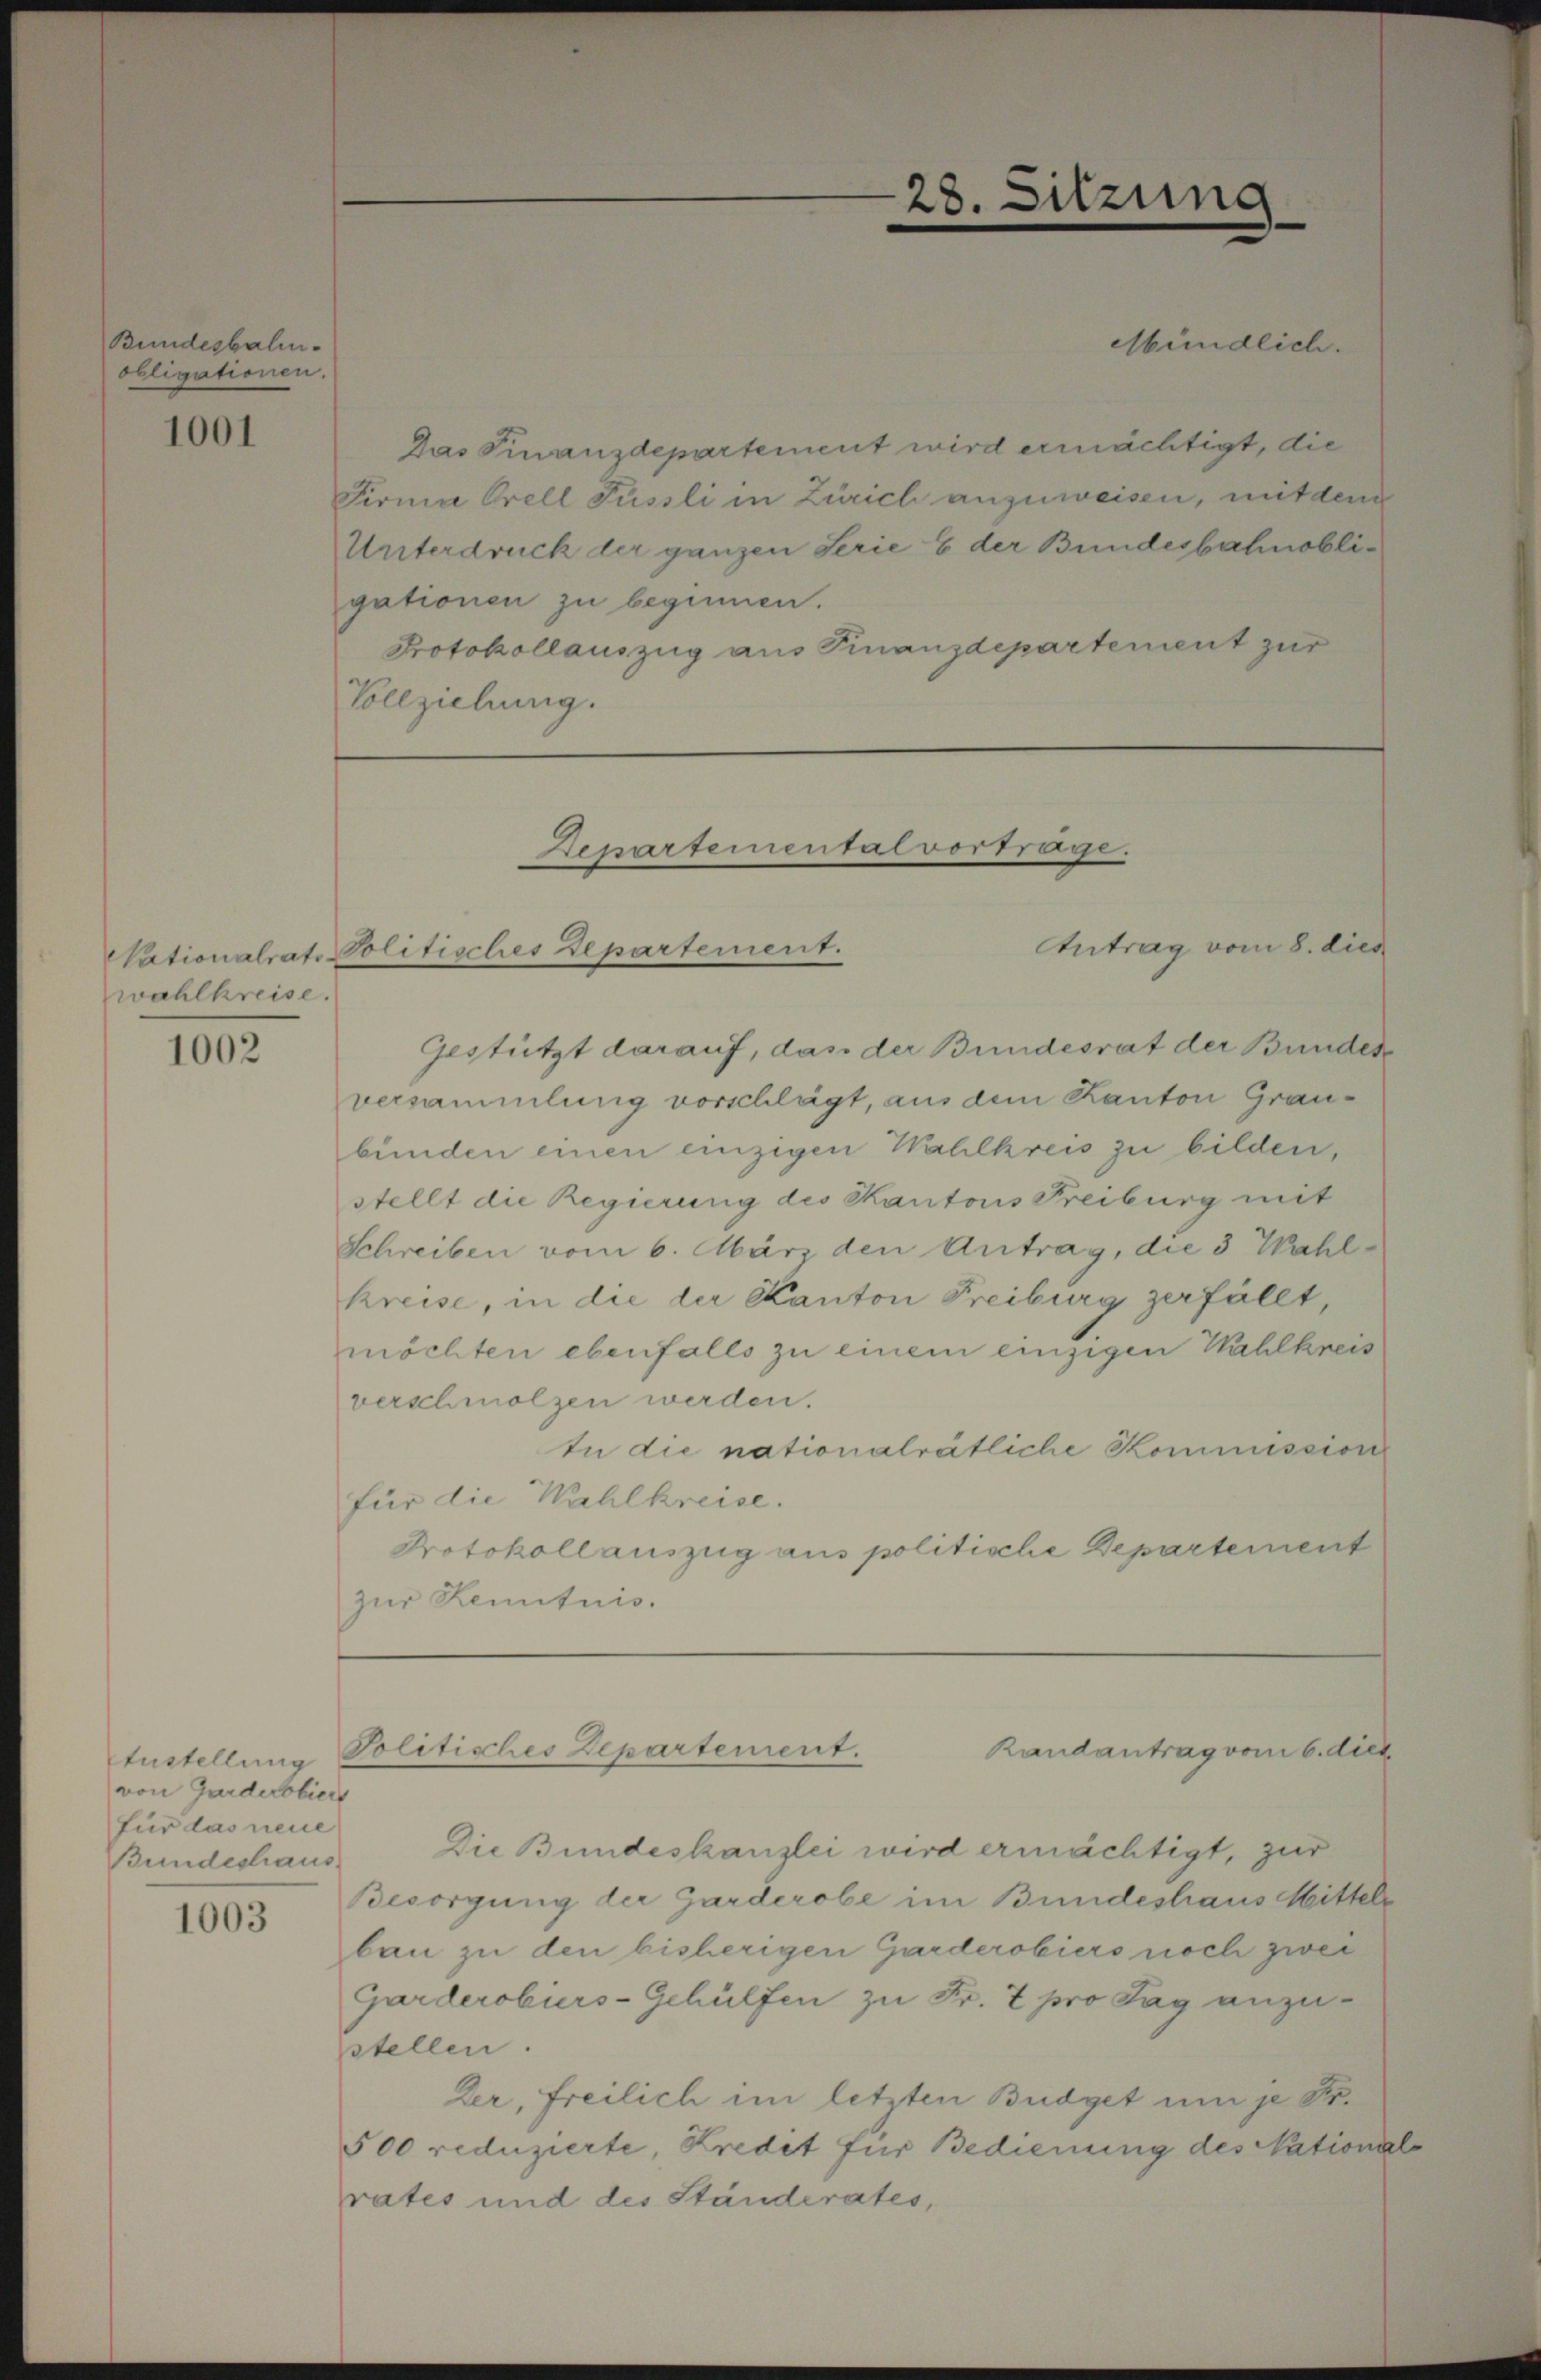
Bundesbaliobligationen.

1001

wahlkreise.

1002

von Garderobiers
für das neue
Bundeshaus

1003

Das Finanzdepartement wird ermächtigt, die
Firma Orell Füssli in Zürich anzuweisen, mit dem
Unterdruck der ganzen Serie 6 der Bundesbahnobligationen zu beginnen.
Protokollauszug aus Finanzdepartement zur
Vollziehung.

Gestützt darauf, das der Bundesrat der Bundes
versammlung vorschlägt, aus dem Kanton Graubünden einen einzigen Wahlkreis zu bilden,
stellt die Regierung des Kantons Freiburg mit
Schreiben vom 6. März den Antrag, die 3 Wahlkreise, in die der Kanton Freiburg zerfällt,
möchten ebenfalls zu einem einzigen Wahlkreis
verschmolzen werden.
In die nationalrätliche Kommission
für die Wahlkreise.
Protokoll auszug aus politische Departement
zur Kenntnis.

Die Bundeskanzlei wird ermächtigt, zur
Besorgung der Garderobe im Bundeshaus Mittels
bau zu den bisherigen Garderobiers noch zwei
Garderobirs-Gehülfen zu Fr. 7 pro Tag anzustellen.
Der, freilich im letzten Budget um je Fr.
500 reduzierte, Kredit für Bedienung des Nationiel
rates und des Ständerates,

28.

sitzung

Mündlich.

Departemental vortrage.
Antrag vom 8. dies
Nationalrats Politisches Departement.

Randantrag vom 6. dies
Stustellen Politisches Departement.